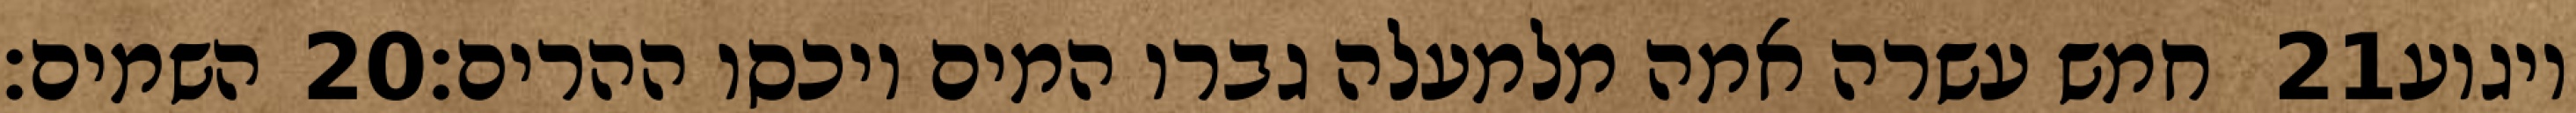
השמים׃ ‎20‏ חמש עשרה אמה מלמעלה גברו המים ויכסו ההרים׃ ‎21‏ ויגוע